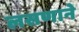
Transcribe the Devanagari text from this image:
लसणाने